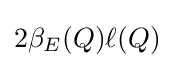
2\beta _{E}(Q)\ell (Q)